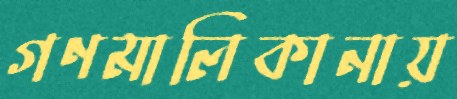
গণমালিকানায়